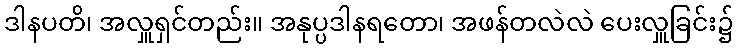
ဒါနပတိ၊ အလှူရှင်တည်း။ အနုပ္ပဒါနရတော၊ အဖန်တလဲလဲ ပေးလှူခြင်း၌